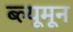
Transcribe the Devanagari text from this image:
ब्ल्यूमून